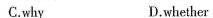
C.why D.whether